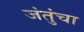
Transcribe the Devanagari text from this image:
जंतुंचा